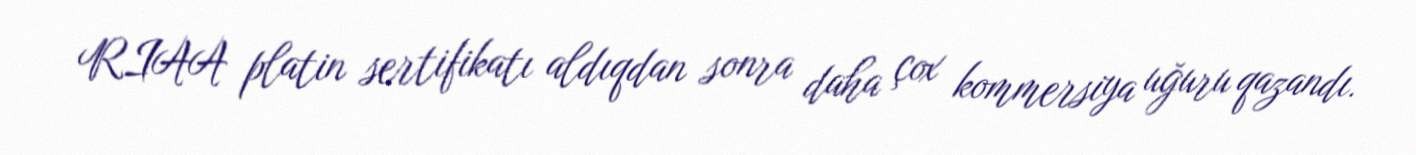
RIAA platin sertifikatı aldıqdan sonra daha çox kommersiya uğuru qazandı.